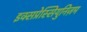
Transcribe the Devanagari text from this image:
इक्सप्रेस्सियुनिज़म